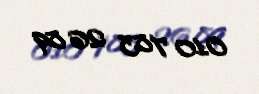
010 783 26 89